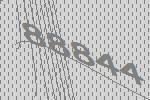
88844